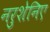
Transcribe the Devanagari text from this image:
नरुशेनिए